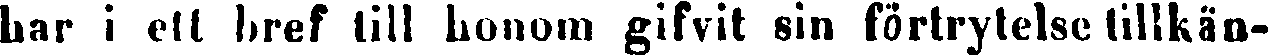
har i ett bref till honom gifvit sin förtrytelse tillkän-